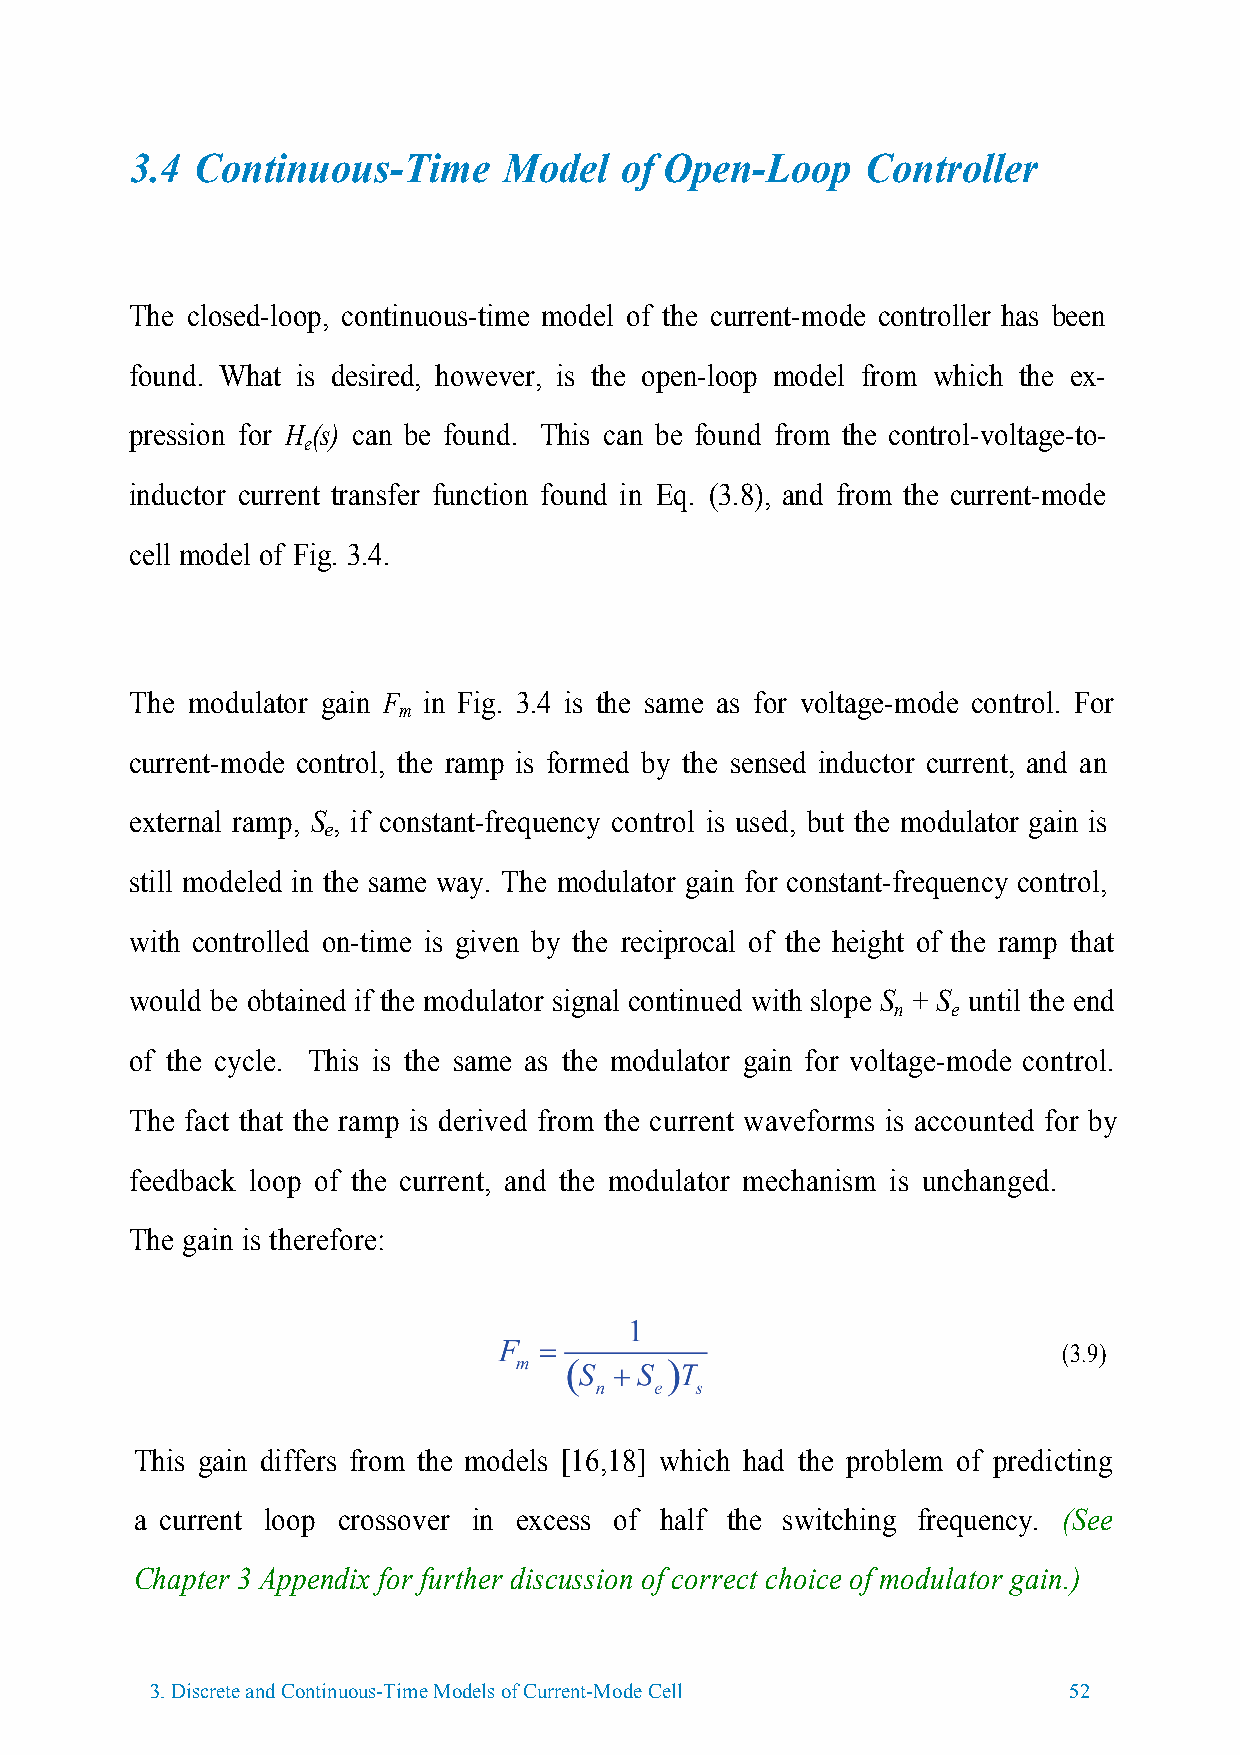
3.4 Continuous-Time     Model   of Open-Loop    Controller
 The closed-loop, continuous-time model of the current-mode controller has been
 found. What is desired, however, is the open-loop model from which the ex-
 pression for H (s) can be found. This can be found from the control-voltage-to-
 e
 inductor current transfer function found in Eq. (3.8), and from the current-mode
 cell model of Fig. 3.4.
 The modulator gain F in Fig. 3.4 is the same as for voltage-mode control. For
 m
 current-mode control, the ramp is formed by the sensed inductor current, and an
 external ramp, S , if constant-frequency control is used, but the modulator gain is
 e
 still modeled in the same way. The modulator gain for constant-frequency control,
 with controlled on-time is given by the reciprocal of the height of the ramp that
 would be obtained if the modulator signal continued with slope S + S until the end
 n   e
 of the cycle. This is the same as the modulator gain for voltage-mode control.
 The fact that the ramp is derived from the current waveforms is accounted for by
 feedback loop of the current, and the modulator mechanism is unchanged.
 The gain is therefore:
 (3.9)
 This gain differs from the models [16,18] which had the problem of predicting
 a current loop crossover in excess of half the switching frequency. (See
 Chapter 3 Appendix for further discussion of correct choice of modulator gain.)
 3.Discrete and Continuous-Time Models of Current-Mode Cell   52